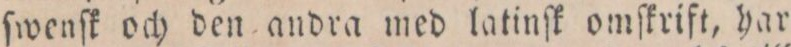
ſwenſk och den andra med latinſk omskrift, har